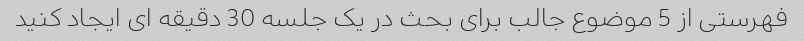
فهرستی از 5 موضوع جالب برای بحث در یک جلسه 30 دقیقه ای ایجاد کنید